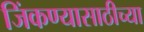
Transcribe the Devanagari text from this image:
जिंकण्यासाठीच्या